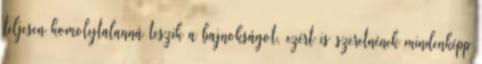
teljesen komolytalanná teszik a bajnokságot, ezért is szeretnének mindenképp